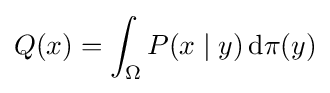
Q(x)=\int _{\Omega }P(x\mid y)\,\mathrm {d} \pi (y)